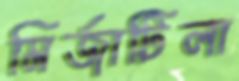
মির্জাটিলা